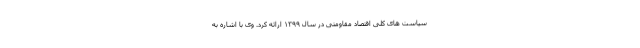
سیاست های کلی اقتصاد مقاومتی در سال ۱۳۹۹ ارائه کرد. وی با اشاره به